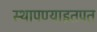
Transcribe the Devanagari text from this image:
स्थापण्याइतपत